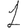
Digit: 1